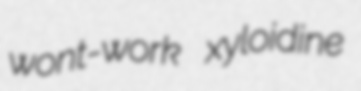
wont-work xyloidine